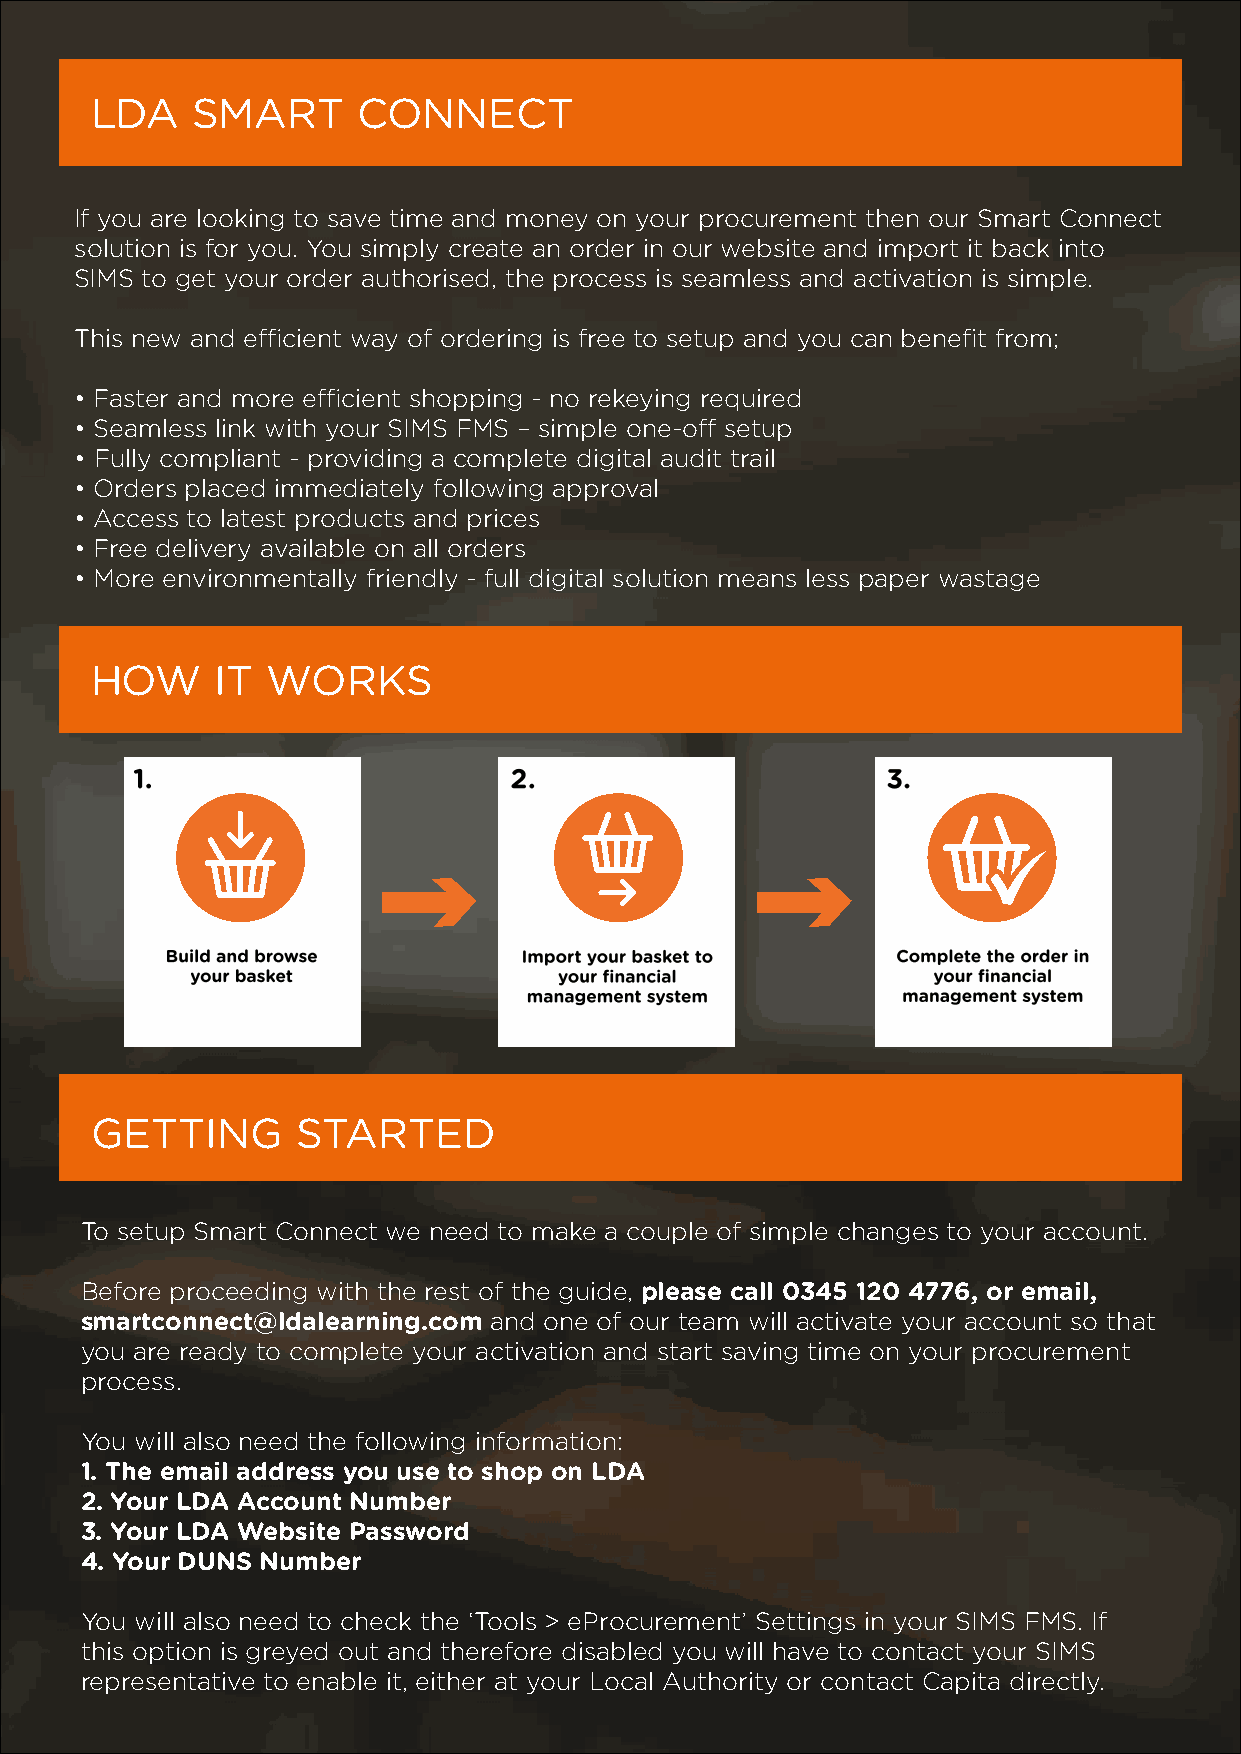
LDA    SMART      CONNECT
 If you are looking to save time and money on your procurement then our Smart Connect
 solution is for you. You simply create an order in our website and import it back into
 SIMS to get your order authorised, the process is seamless and activation is simple.
 This new and efficient way of ordering is free to setup and you can benefit from;
 • Faster and more efficient shopping - no rekeying required
 • Seamless link with your SIMS FMS – simple one-off setup
 • Fully compliant - providing a complete digital audit trail
 • Orders placed immediately following approval
 • Access to latest products and prices
 • Free delivery available on all orders
 • More environmentally friendly - full digital solution means less paper wastage
 HOW     IT  WORKS
 GETTING       STARTED
 To setup Smart Connect we need to make a couple of simple changes to your account.
 Before proceeding with the rest of the guide, please call 0345 120 4776, or email,
 smartconnect@ldalearning.com and one of our team will activate your account so that
 you are ready to complete your activation and start saving time on your procurement
 process.
 You will also need the following information:
 1. The email address you use to shop on LDA
 2. Your LDA Account Number
 3. Your LDA Website Password
 4. Your DUNS Number
 You will also need to check the ‘Tools > eProcurement’ Settings in your SIMS FMS. If
 this option is greyed out and therefore disabled you will have to contact your SIMS
 representative to enable it, either at your Local Authority or contact Capita directly.